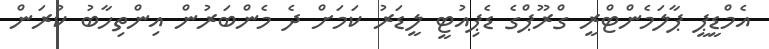
އެމްޑީޕީ ޕާލަމެންޓްރީ ގްރޫޕްގެ ޑެޕިއުޓީ ލީޑަރު ކަމަށް ދެ މެންބަރުން އިންތިހާބު ކުރަން